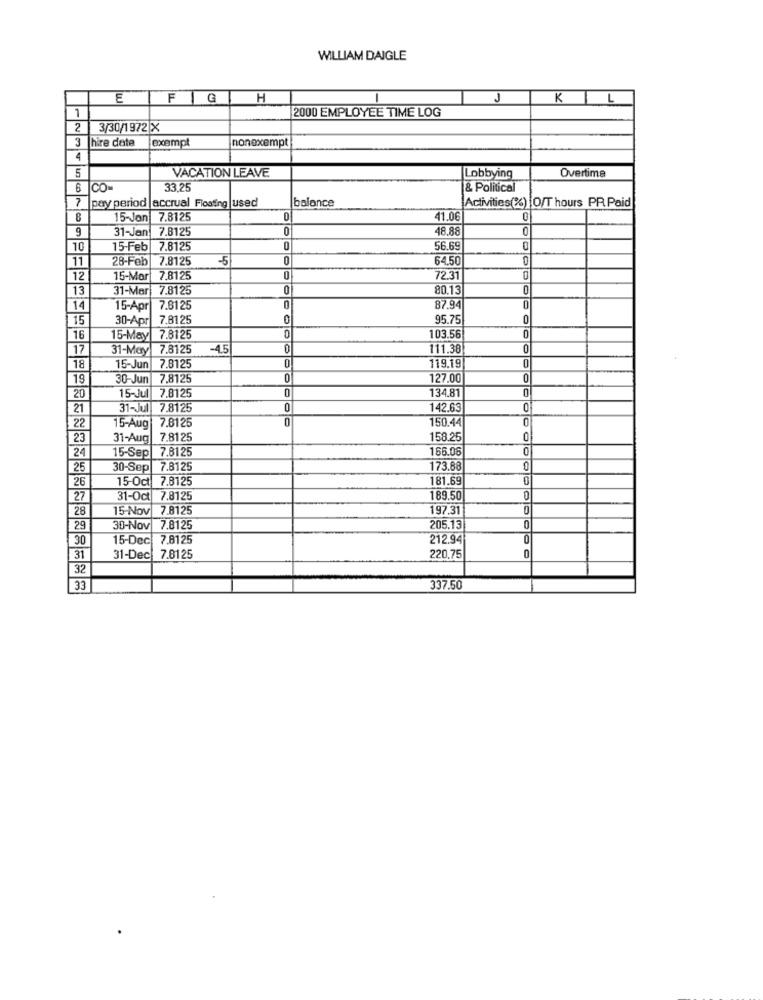
WILLIAM DAIGLE
E
FIG
H
KL
1
2000 EMPLOYEE TIME LOG
2
3/30/1972 X
3
hire date
exempt
nonexempt
4
5
VACATION LEAVE
Overtime
Lobbying
COM
33.25
& Political
7
balance
Activities(%) O/T hours PR. Paid
pay period | accrual Floating |used
6
15-Jon 7.8125
41.06
9
31-Jan
7.8125
48.88
0
10
15-Feb
7.8125
0
56.69
0
11
28-Feb 7.8125
-5
64.50
0
12
15-Mar
7.8125
0
72.31
0
13
31-Mar
7.8125
0
80.13
0
14
15-Apr
7.8125
87.94
0
15
30-Apr
7.8125
0
95.75
0
16
15-Mey 7.8125
103.56
0
17
31-May 7.8125
-4.5
0
11.38
0
7.8125
119.19
0
18
15-Jun
19
30-Jun
7,8125
0
127.00
0
7.812
0
134.81
0
20
15-Jul
21
31-Jul
7.8125
0
142.63
0
22
7.8125
0
150.44
0
15-Aug
23
31-Aug
7.8125
158.25
24
15-Sep 7.8125
166.06
0
25
30-Sep 7.8125
173.88
26
15-Oct 7.8125
181.69
27
31-Oct 7.8125
189.50
28
15 Nov 7.8125
197.31
0
29
30-Nov 7.8125
205.13
0
30
15-Dec
7.8125
212.94
0
220.75
0
31
31-Dec
7.8125
32
33
337.50